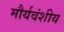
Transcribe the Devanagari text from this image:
मौर्यवंशीय